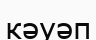
кәуәп